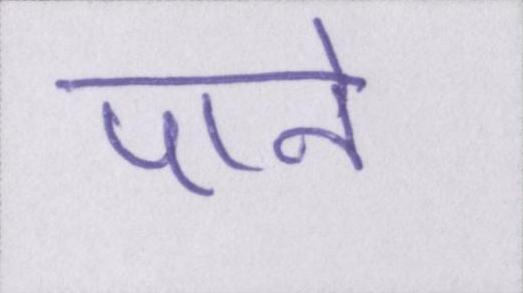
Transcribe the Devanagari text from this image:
पाने